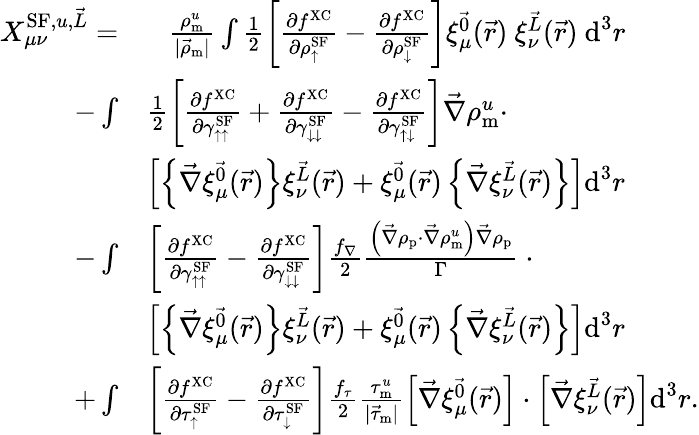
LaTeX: \begin{array}{rl}{X_{\mu\nu}^{\textrm{SF},u,\vec{L}}=}&{\phantom{+}\frac{\rho_{\textrm{m}}^{u}}{|\vec{\rho}_{\textrm{m}}|}\int\frac{1}{2}\left[\frac{\partial f^{\mathrm{XC}}}{\partial\rho_{\uparrow}^{\textrm{SF}}}-\frac{\partial f^{\mathrm{XC}}}{\partial\rho_{\downarrow}^{\textrm{SF}}}\right]\xi_{\mu}^{\vec{0}}(\vec{r})~\xi_{\nu}^{\vec{L}}(\vec{r})~\textrm{d}^{3}r}\\ {-\int}&{\frac{1}{2}\left[\frac{\partial f^{\mathrm{XC}}}{\partial\gamma_{\uparrow\uparrow}^{\textrm{SF}}}+\frac{\partial f^{\mathrm{XC}}}{\partial\gamma_{\downarrow\downarrow}^{\textrm{SF}}}-\frac{\partial f^{\mathrm{XC}}}{\partial\gamma_{\uparrow\downarrow}^{\textrm{SF}}}\right]\vec{\nabla}\rho_{\textrm{m}}^{u}\cdot}\\ &{\left[\left\{ \vec{\nabla}\xi_{\mu}^{\vec{0}}(\vec{r})\right\} \xi_{\nu}^{\vec{L}}(\vec{r})+\xi_{\mu}^{\vec{0}}(\vec{r})\left\{ \vec{\nabla}\xi_{\nu}^{\vec{L}}(\vec{r})\right\} \right]\textrm{d}^{3}r}\\ {-\int}&{\left[\frac{\partial f^{\mathrm{XC}}}{\partial\gamma_{\uparrow\uparrow}^{\textrm{SF}}}-\frac{\partial f^{\mathrm{XC}}}{\partial\gamma_{\downarrow\downarrow}^{\textrm{SF}}}\right]\frac{f_{\nabla}}{2}\frac{\left(\vec{\nabla}\rho_{\textrm{p}}\cdot\vec{\nabla}\rho_{\textrm{m}}^{u}\right)\vec{\nabla}\rho_{\textrm{p}}}{\Gamma}~\cdot}\\ &{\left[\left\{ \vec{\nabla}\xi_{\mu}^{\vec{0}}(\vec{r})\right\} \xi_{\nu}^{\vec{L}}(\vec{r})+\xi_{\mu}^{\vec{0}}(\vec{r})\left\{ \vec{\nabla}\xi_{\nu}^{\vec{L}}(\vec{r})\right\} \right]\textrm{d}^{3}r}\\ {+\int}&{\left[\frac{\partial f^{\mathrm{XC}}}{\partial\tau_{\uparrow}^{\textrm{SF}}}-\frac{\partial f^{\mathrm{XC}}}{\partial\tau_{\downarrow}^{\textrm{SF}}}\right]\frac{f_{\tau}}{2}\frac{\tau_{\textrm{m}}^{u}}{|\vec{\tau}_{\textrm{m}}|}\left[\vec{\nabla}\xi_{\mu}^{\vec{0}}(\vec{r})\right]\cdot\left[\vec{\nabla}\xi_{\nu}^{\vec{L}}(\vec{r})\right]\textrm{d}^{3}r.}\end{array}